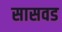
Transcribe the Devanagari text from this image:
सासवड